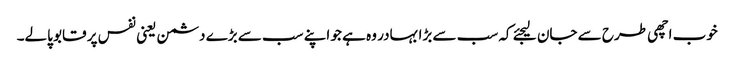
خوب اچھی طرح سے جان لیجئے کہ سب سے بڑا بہادر وہ ہے جو اپنے سب سے بڑے دشمن یعنی نفس پر قابو پالے۔